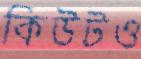
কিউটও